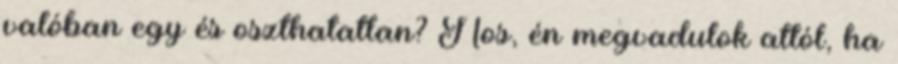
valóban egy és oszthatatlan? Nos, én megvadulok attól, ha